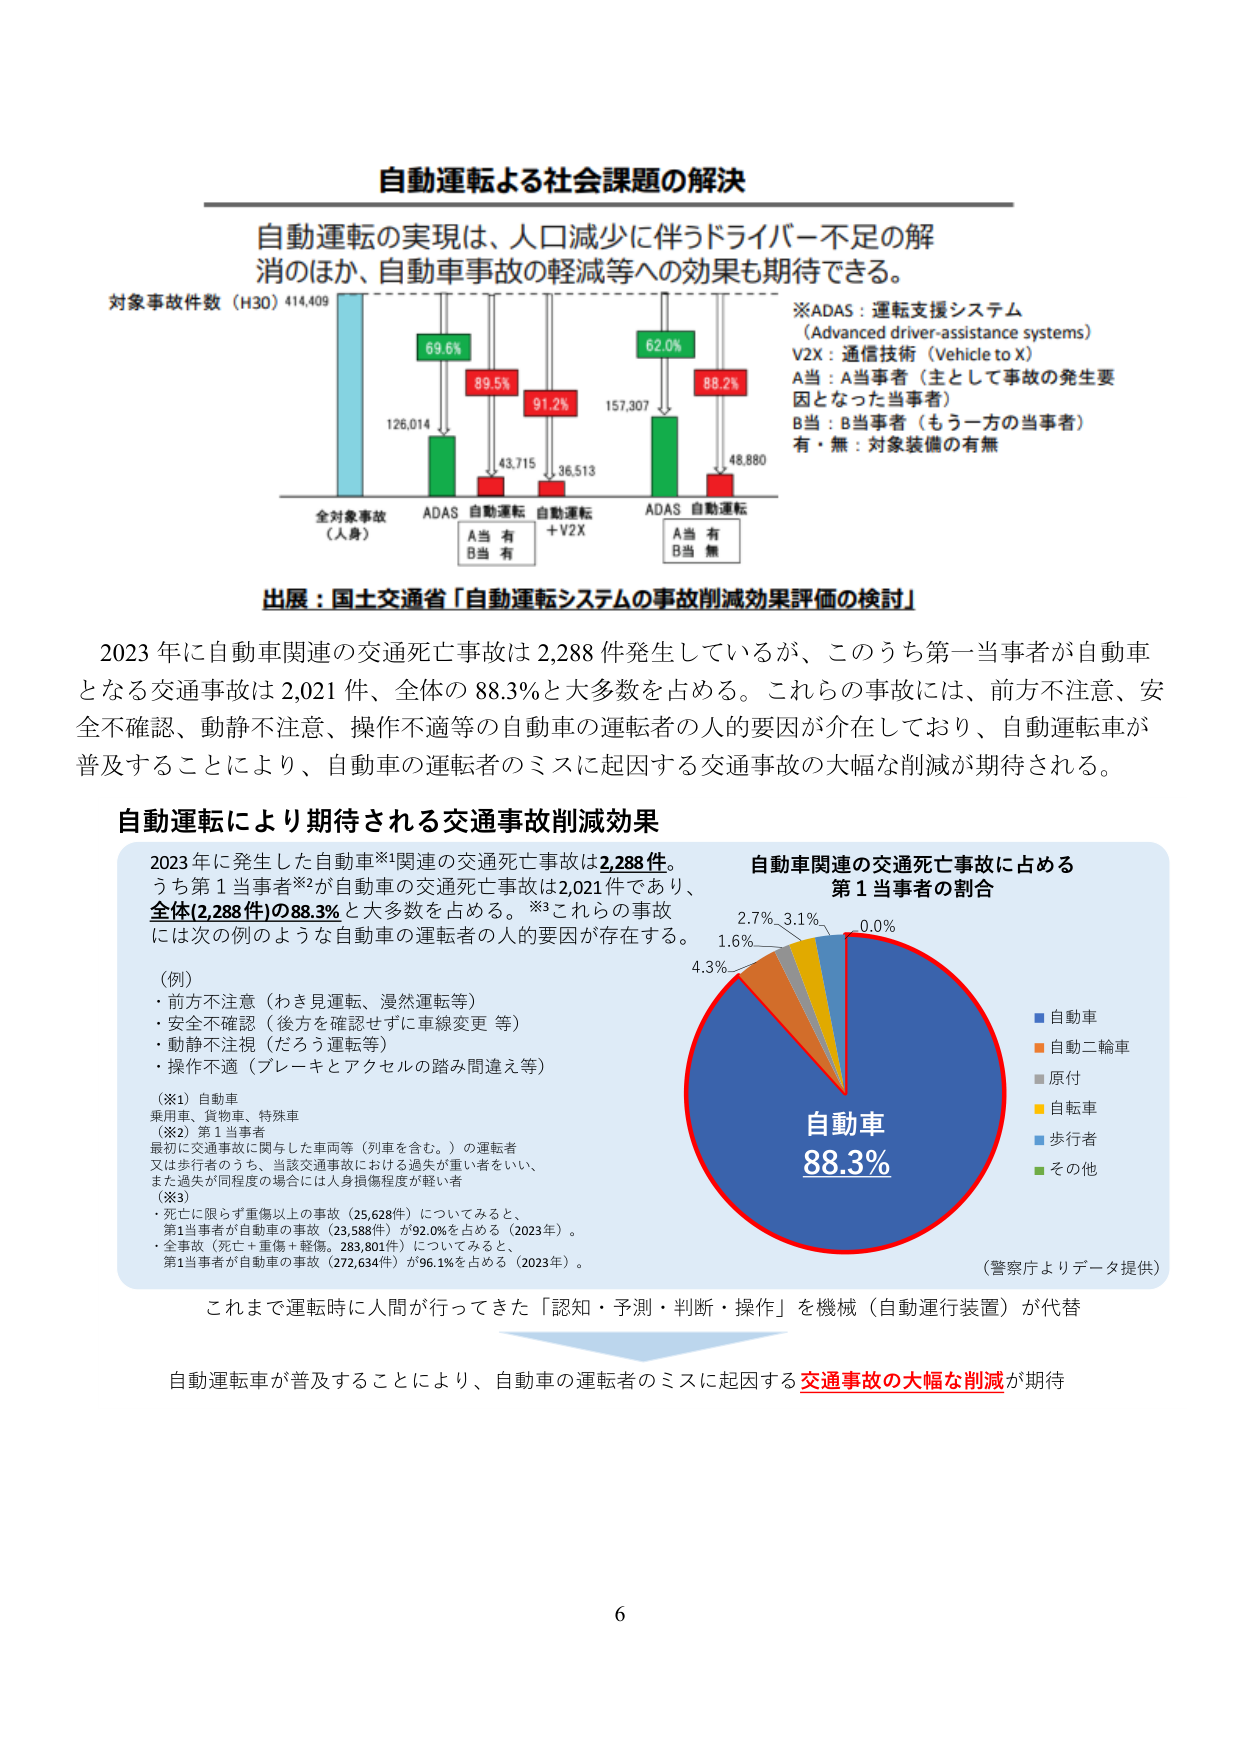
自動運転による社会課題の解決

自動運転の実現は、人口減少に伴うドライバー不足の解消のほか、自動車事故の軽減等への効果も期待できる。

対象事故件数（H30）414,409

全対象事故（人身） 126,014
ADAS 69.6%
自動運転 89.5%
A当 有
B当 有

自動運転 + V2X 91.2%
43,715
36,513

ADAS 62.0%
自動運転 88.2%
A当 有
B当 無

48,880
157,307

※ADAS：運転支援システム（Advanced driver-assistance systems）
V2X：通信技術（Vehicle to X）
A当：A当事者（主として事故の発生要因となった当事者）
B当：B当事者（もう一方の当事者）
有・無：対象装備の有無

出展：国土交通省「自動運転システムの事故削減効果評価の検討」

2023年に自動車関連の交通死亡事故は2,288件発生しているが、このうち第一当事者が自動車となる交通事故は2,021件、全体の88.3%と大多数を占める。これらの事故には、前方不注意、安全不確認、動静不注意、操作不適等の自動車の運転者の人的要因が介在しており、自動運転車が普及することにより、自動車の運転者のミスに起因する交通事故の大幅な削減が期待される。

自動運転により期待される交通事故削減効果

2023年に発生した自動車※1関連の交通死亡事故は2,288件。
うち第1当事者※2が自動車の交通死亡事故は2,021件であり、
全体(2,288件)の88.3%と大多数を占める。※3これらの事故には次の例のような自動車の運転者の人的要因が存在する。

（例）
・前方不注意（わき見運転、漫然運転等）
・安全不確認（後方を確認せずに車線変更等）
・動静不注意（だろう運転等）
・操作不適（ブレーキとアクセルの踏み間違い等）

（※1）自動車
乗用車、貨物車、特殊車
（※2）第1当事者
最初に交通事故に関与した車両等（列車を含む。）の運転者
又は歩行者のうち、当該交通事故における過失が重い者をいい、
また過失が同程度の場合には人身損傷程度が軽い者
（※3）
・死亡に限らず重傷以上の事故（25,628件）についてみると、
第1当事者が自動車の事故（23,588件）が92.0%を占める（2023年）。
・全事故（死亡＋重傷＋軽傷。283,801件）についてみると、
第1当事者が自動車の事故（272,634件）が96.1%を占める（2023年）。

自動車関連の交通死亡事故に占める
第1当事者の割合

自動車 88.3%
2.7% 3.1% 0.0%
1.6%
4.3%

■ 自動車
■ 自動二輪車
■ 原付
■ 自転車
■ 歩行者
■ その他

（警察庁よりデータ提供）

これまで運転時に人間が行ってきた「認知・予測・判断・操作」を機械（自動運行装置）が代替

自動運転車が普及することにより、自動車の運転者のミスに起因する交通事故の大幅な削減が期待

6